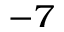
^ { - 7 }